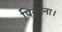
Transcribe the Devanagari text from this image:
पिलाना।